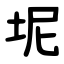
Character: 坭